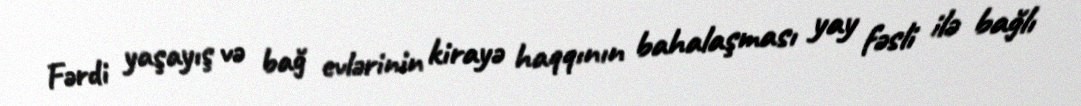
Fərdi yaşayış və bağ evlərinin kirayə haqqının bahalaşması yay fəsli ilə bağlı